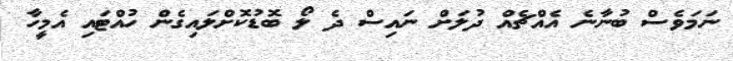
ނަމަވެސް ބުނާނެ އެއްޗެއް ދުލަށް ނައިސް ދެ ލޯ ބޮޑުކޮށްލައިގެން ހުއްޓައި އެމީހާ